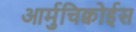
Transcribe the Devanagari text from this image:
आर्मुचिक्वोईस